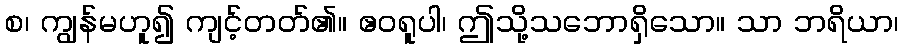
စ၊ ကျွန်မဟူ၍ ကျင့်တတ်၏။ ဧဝရူပါ၊ ဤသို့သဘောရှိသော။ သာ ဘရိယာ၊